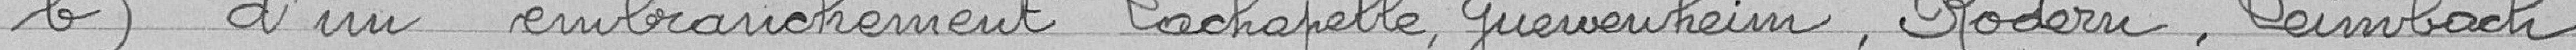
b) d'un embranchement Lachapelle, Guewenheim, Rodern, Leimbach,